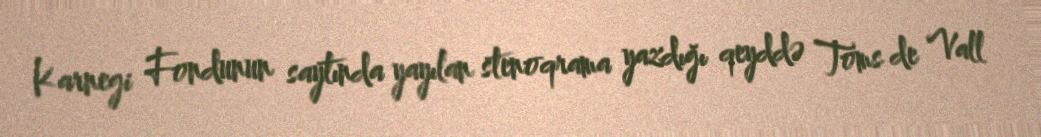
Karnegi Fondunun saytında yayılan stenoqrama yazdığı qeyddə Toms de Vall